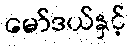
မော်ဒယ်နှင့်